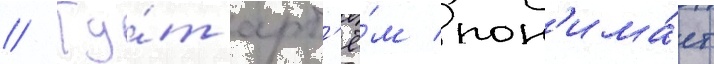
// Ту́т арт'ё́м пон'има́ет